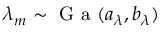
\lambda _ { m } \sim \mathrm { ~ G ~ a ~ } ( a _ { \lambda } , b _ { \lambda } )